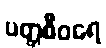
ပတ္တစီဝရေ